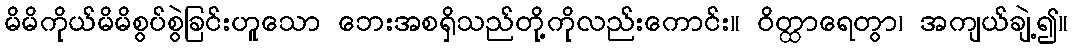
မိမိကိုယ်မိမိစွပ်စွဲခြင်းဟူသော ဘေးအစရှိသည်တို့ကိုလည်းကောင်း။ ဝိတ္ထာရေတွာ၊ အကျယ်ချဲ့၍။